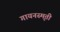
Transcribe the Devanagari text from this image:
गायनस्मृती